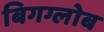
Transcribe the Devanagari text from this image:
बिगग्लोब